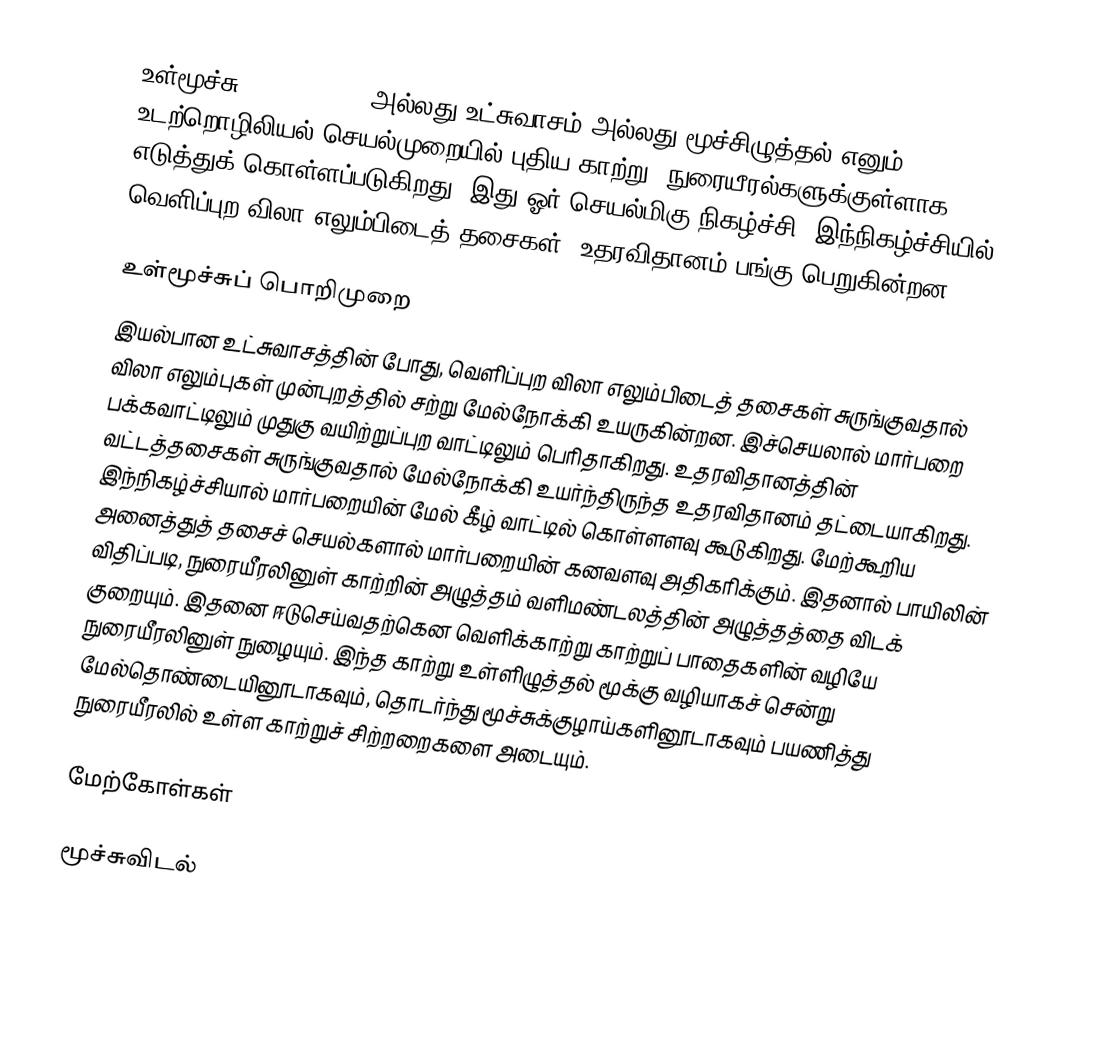
உள்மூச்சு (Inhalation) அல்லது உட்சுவாசம் அல்லது மூச்சிழுத்தல் எனும் உடற்றொழிலியல் செயல்முறையில் புதிய காற்று, நுரையீரல்களுக்குள்ளாக எடுத்துக் கொள்ளப்படுகிறது. இது ஓர் செயல்மிகு நிகழ்ச்சி. இந்நிகழ்ச்சியில் வெளிப்புற விலா எலும்பிடைத் தசைகள், உதரவிதானம் பங்கு பெறுகின்றன.

உள்மூச்சுப் பொறிமுறை
இயல்பான உட்சுவாசத்தின் போது, வெளிப்புற விலா எலும்பிடைத் தசைகள் சுருங்குவதால் விலா எலும்புகள் முன்புறத்தில் சற்று மேல்நோக்கி உயருகின்றன. இச்செயலால் மார்பறை பக்கவாட்டிலும் முதுகு வயிற்றுப்புற வாட்டிலும் பெரிதாகிறது. உதரவிதானத்தின் வட்டத்தசைகள் சுருங்குவதால் மேல்நோக்கி உயர்ந்திருந்த உதரவிதானம் தட்டையாகிறது. இந்நிகழ்ச்சியால் மார்பறையின் மேல் கீழ் வாட்டில் கொள்ளளவு கூடுகிறது. மேற்கூறிய அனைத்துத் தசைச் செயல்களால் மார்பறையின் கனவளவு அதிகரிக்கும். இதனால் பாயிலின் விதிப்படி, நுரையீரலினுள் காற்றின் அழுத்தம் வளிமண்டலத்தின் அழுத்தத்தை விடக் குறையும். இதனை ஈடுசெய்வதற்கென வெளிக்காற்று காற்றுப் பாதைகளின் வழியே நுரையீரலினுள் நுழையும். இந்த காற்று உள்ளிழுத்தல் மூக்கு வழியாகச் சென்று மேல்தொண்டையினூடாகவும், தொடர்ந்து மூச்சுக்குழாய்களினூடாகவும் பயணித்து நுரையீரலில் உள்ள காற்றுச் சிற்றறைகளை அடையும்.

மேற்கோள்கள்

மூச்சுவிடல்